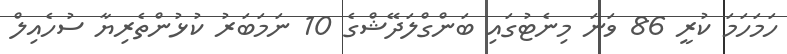
ހަމަހަމަ ކުރީ 86 ވަނަ މިނެޓުގައި ބަންގްލަދޭޝްގެ 10 ނަމަބަރު ކުޅުންތެރިޔާ ސުހެއިލް